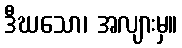
ဒီဃသော၊ အလျားမှ။